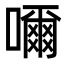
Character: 𡁠